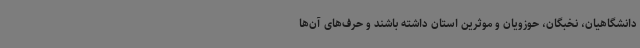
دانشگاهیان، نخبگان، حوزویان و موثرین استان داشته باشند و حرف‌های آن‌ها